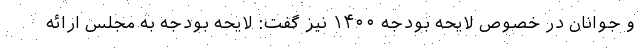
و جوانان در خصوص لایحه بودجه ۱۴۰۰ نیز گفت: لایحه بودجه به مجلس ارائه